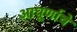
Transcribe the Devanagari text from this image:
आघूर्णाचे